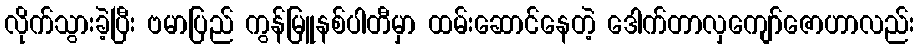
လိုက်သွားခဲ့ပြီး ဗမာပြည် ကွန်မြူနစ်ပါတီမှာ ထမ်းဆောင်နေတဲ့ ဒေါက်တာလှကျော်ဇောဟာလည်း